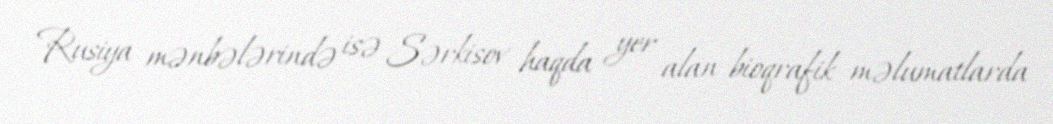
Rusiya mənbələrində isə Sərkisov haqda yer alan bioqrafik məlumatlarda